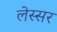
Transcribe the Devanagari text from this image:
लेस्सर